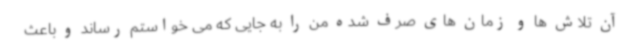
آن تلاش ها و زمان های صرف شده من را به جایی که می خواستم رساند و باعث